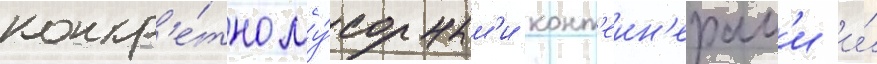
конкр'е́тно му́сорным'и конт'еин'ерам'и и́